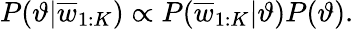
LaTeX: P(\vartheta|\overline{{w}}_{1:K})\propto P(\overline{{w}}_{1:K}|\vartheta)P(\vartheta).